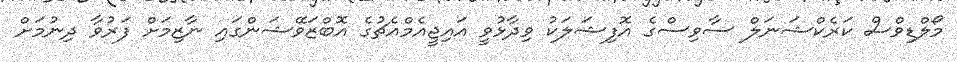
މޯލްޑިވްސް ކަރެކްޝަނަލް ސާވިސްގެ އޮފިޝަލަކު ވިދާޅުވީ އައިޖީއެމްއެޗުގެ އޮބްޒަވޭޝަންގައި ނާޒިމަށް ފަރުވާ ދިނުމަށް